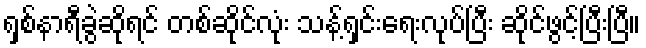
ရှစ်နာရီခွဲဆိုရင် တစ်ဆိုင်လုံး သန့်ရှင်းရေးလုပ်ပြီး ဆိုင်ဖွင့်ပြီးပြီ။